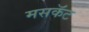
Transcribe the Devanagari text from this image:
मसकॅट